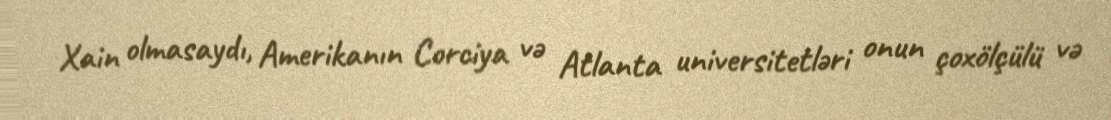
Xain olmasaydı, Amerikanın Corciya və Atlanta universitetləri onun çoxölçülü və